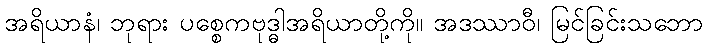
အရိယာနံ၊ ဘုရား ပစ္စေကဗုဒ္ဓါအရိယာတို့ကို။ အဒဿာဝီ၊ မြင်ခြင်းသဘော